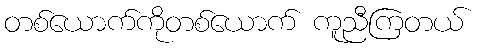
တစ်ယောက်ကိုတစ်ယောက် ကူညီကြတယ်